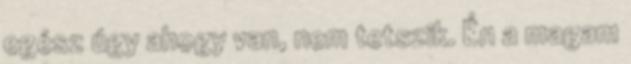
egész úgy ahogy van, nem tetszik. Én a magam